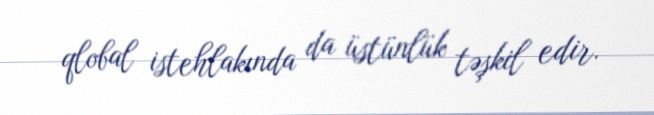
qlobal istehlakında da üstünlük təşkil edir.